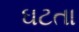
ઘટતા